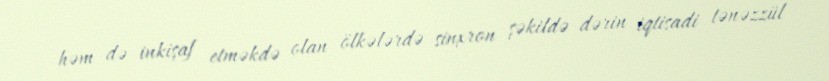
həm də inkişaf etməkdə olan ölkələrdə sinxron şəkildə dərin iqtisadi tənəzzül